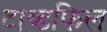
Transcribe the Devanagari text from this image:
टाय्डफिल